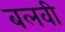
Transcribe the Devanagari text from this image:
बलवी